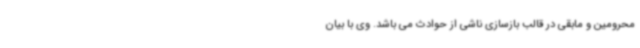
محرومین و مابقی در قالب بازسازی ناشی از حوادث می باشد. وی با بیان